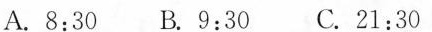
A.8:30 B.9:30 C.21:30